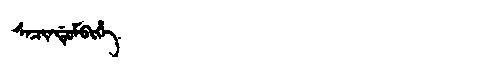
Manchu: ᠰᠠᠴᡳᠨᡩᡠᠮᠪᡳᡥᡝ
Romanization: SACINDUMBIHE